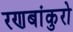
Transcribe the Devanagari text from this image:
रणबांकुरो